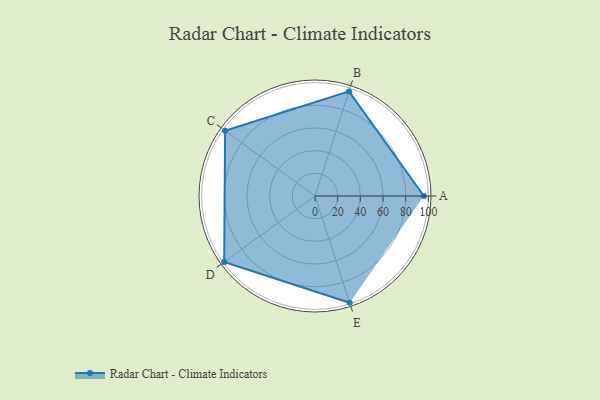
{"axis": {"x": "Skill", "y": "Score"}, "legend": ["Profile"], "data": [{"x": "A", "y": 96.0, "type": "Profile"}, {"x": "B", "y": 97.0, "type": "Profile"}, {"x": "C", "y": 98.0, "type": "Profile"}, {"x": "D", "y": 99, "type": "Profile"}, {"x": "E", "y": 99, "type": "Profile"}]}